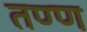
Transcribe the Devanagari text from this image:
तण्ण